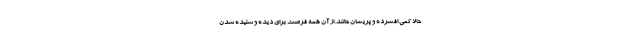
حالا کمی افسرده و پریشان حالند. از آن همه فرصت برای دیده و شنیده شدن